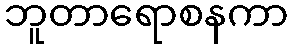
ဘူတာရောစနကာ